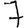
Digit: 7